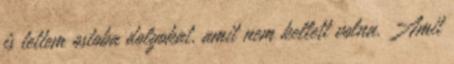
is tettem ostoba dolgokat, amit nem kellett volna. Amit